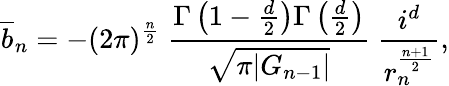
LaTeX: \overline{{{b}}}_{n}=-(2\pi)^{\frac{n}{2}}~\frac{\Gamma\left(1-\frac{d}{2}\right)\Gamma\left(\frac{d}{2}\right)}{\sqrt{\pi|G_{n-1}|}}~\frac{i^{d}}{r_{n}^{\frac{n+1}{2}}},